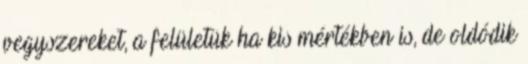
vegyszereket, a felületük ha kis mértékben is, de oldódik